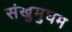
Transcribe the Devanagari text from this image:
संखुमुघम